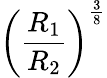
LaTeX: \left({\frac{R_{1}}{R_{2}}}\right)^{\frac{3}{8}}